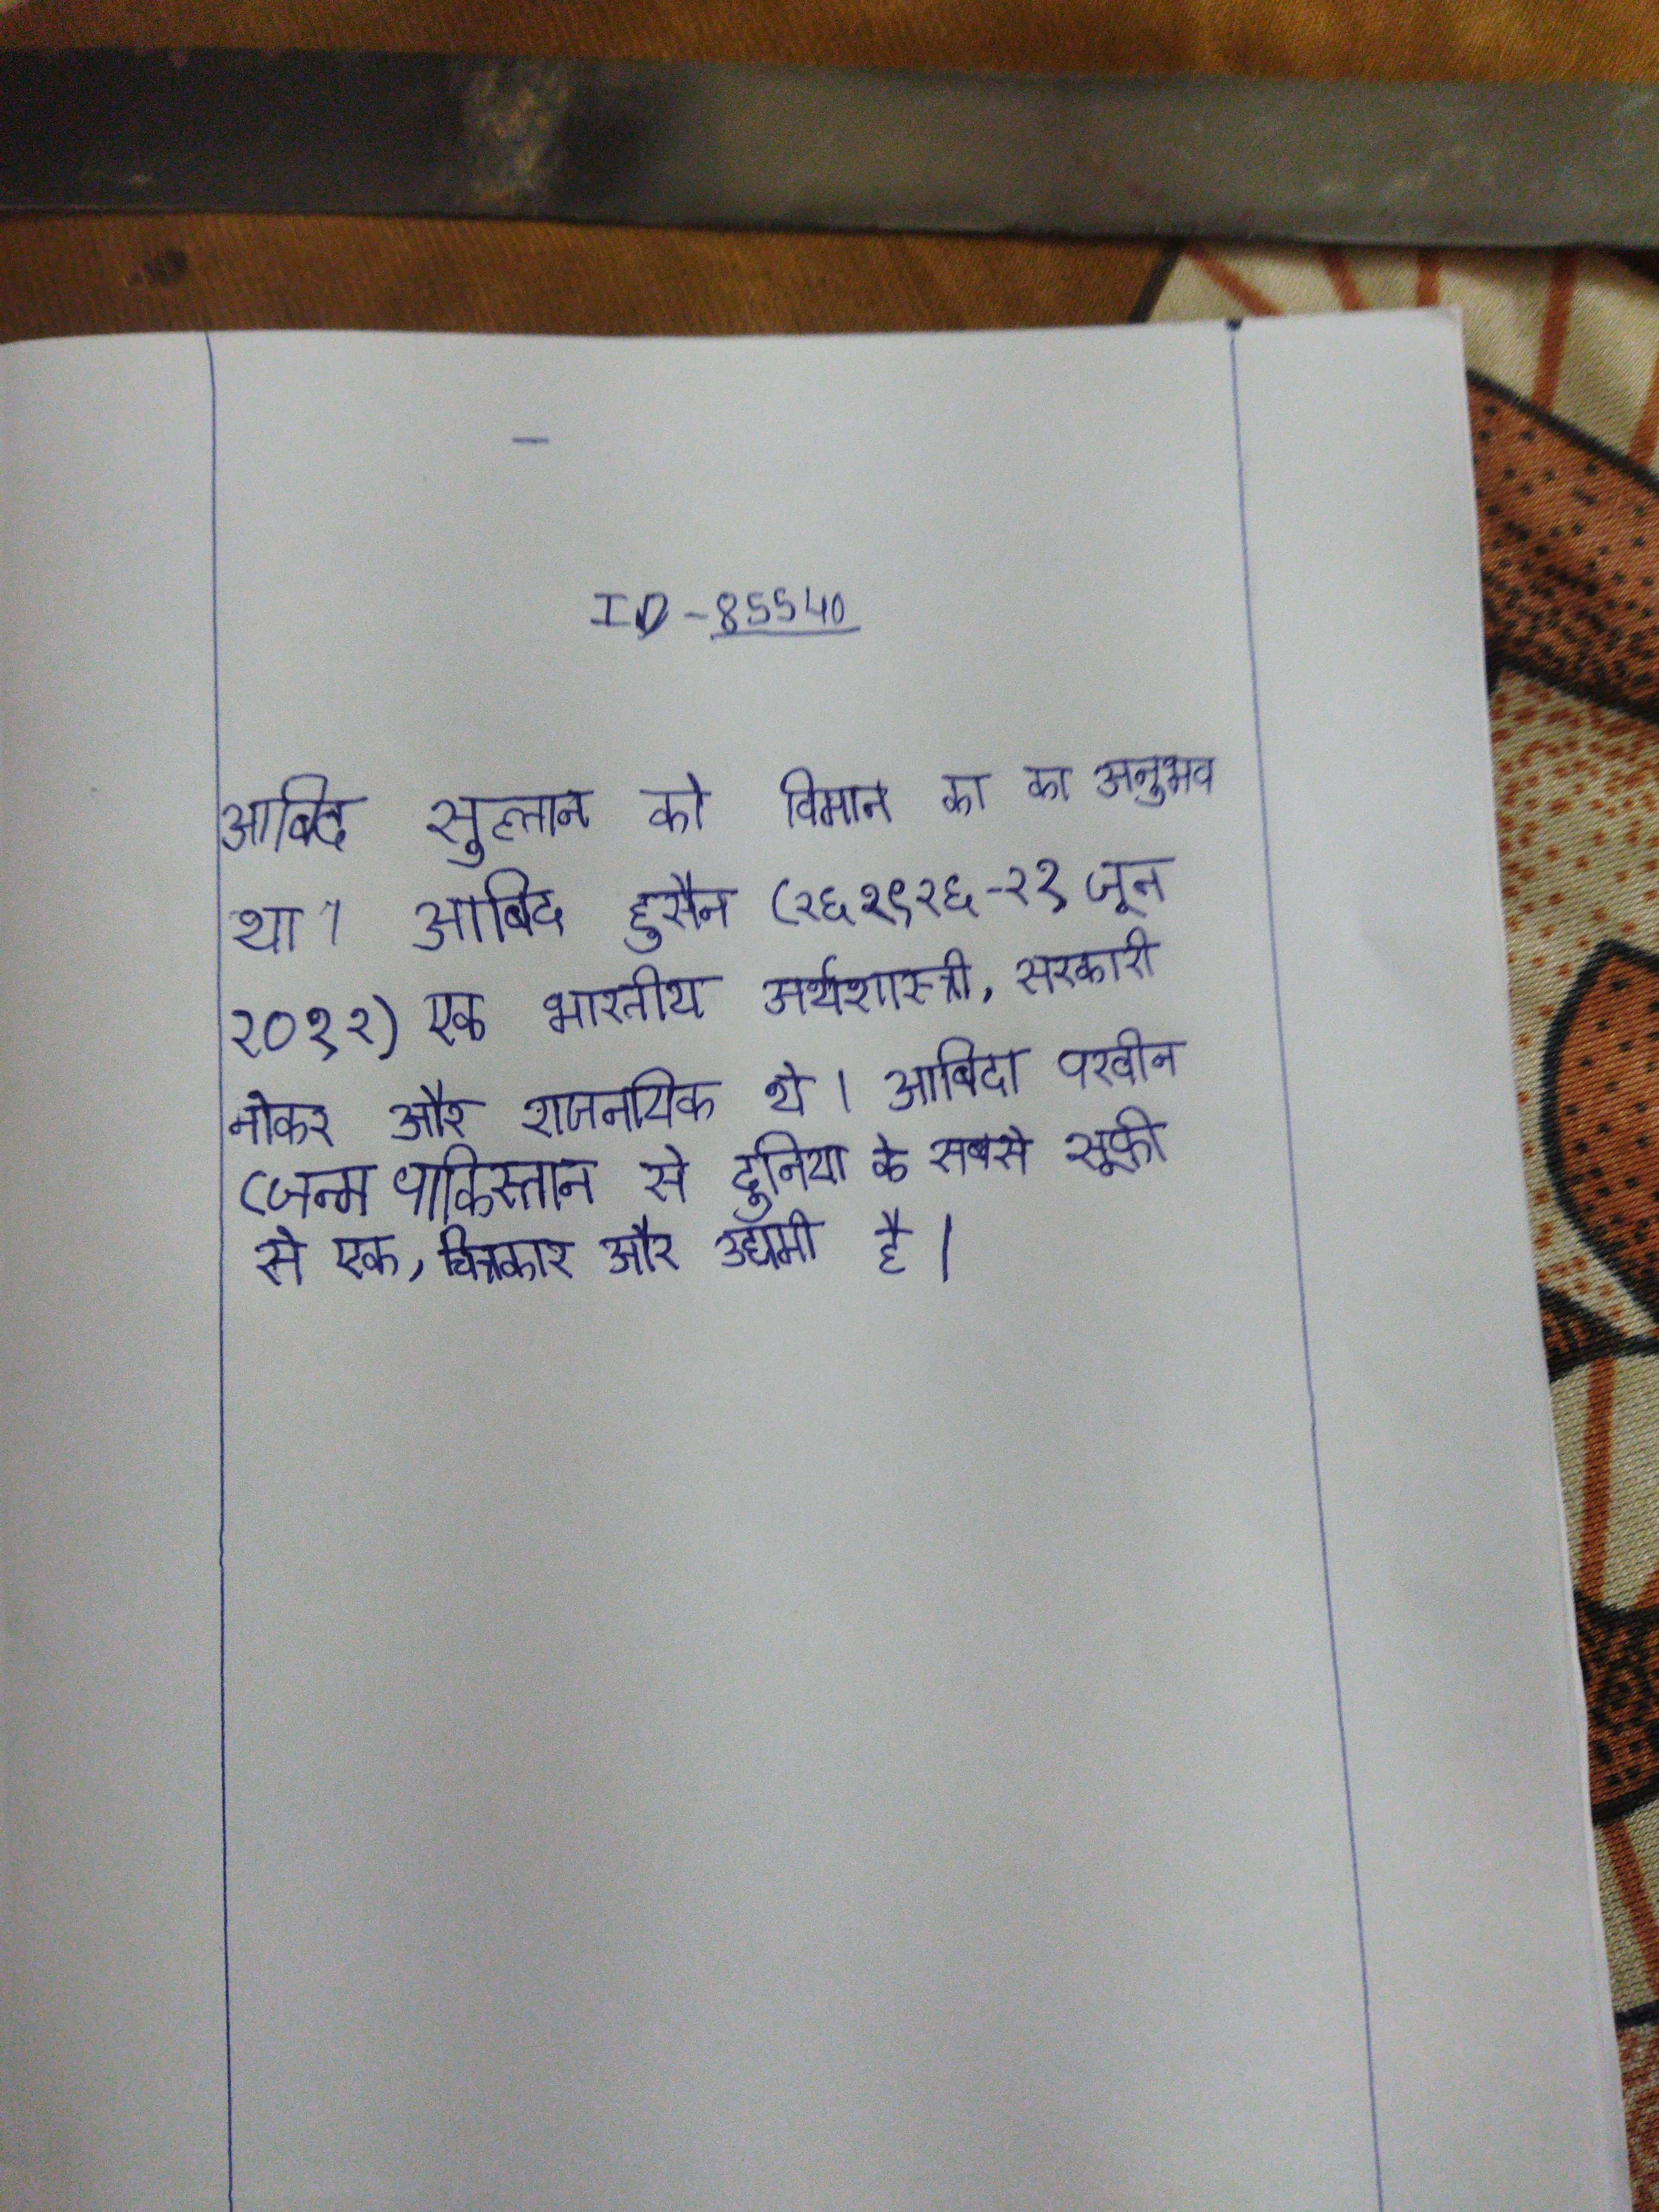
आबिद सुल्तान को विमान का का अनुभव था । आबिद हुसैन (२६ १९२६ - २१ जून २०१२) एक भारतीय अर्थशास्त्री, सरकारी नौकर और राजनयिक थे । आबिदा परवीन (जन्म पाकिस्तान से दुनिया के सबसे सूफी से एक, चित्रकार और उद्यमी है ।